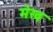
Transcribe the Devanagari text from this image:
मेख